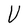
Character: U